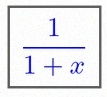
\frac{1}{1+x}